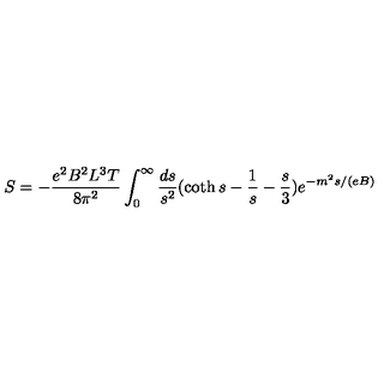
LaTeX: S = - \frac { e ^ { 2 } B ^ { 2 } L ^ { 3 } T } { 8 \pi ^ { 2 } } \int _ { 0 } ^ { \infty } \frac { d s } { s ^ { 2 } } ( \coth s - \frac { 1 } { s } - \frac { s } { 3 } ) e ^ { - m ^ { 2 } s / ( e B ) }